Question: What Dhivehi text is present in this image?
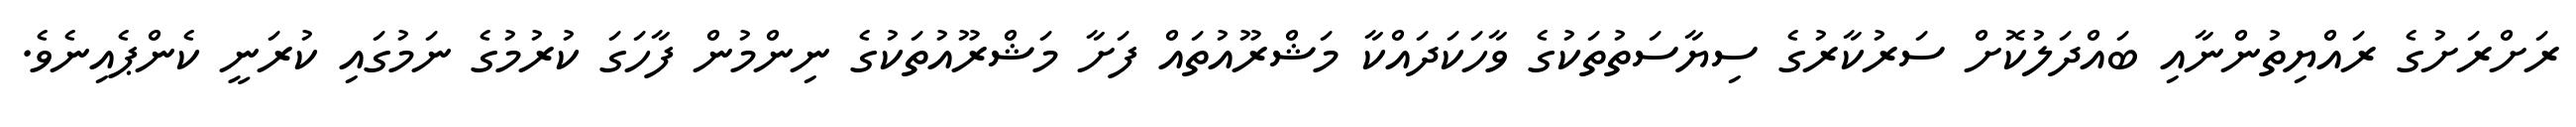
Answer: ރަށްރަށުގެ ރައްޔިތުންނާއި ބައްދަލުކޮށް ސަރުކާރުގެ ސިޔާސަތުތަކުގެ ވާހަކަދައްކާ މަޝްރޫއުތައް ފަށާ މަޝްރޫއުތަކުގެ ނިންމުން ފާހަގަ ކުރުމުގެ ނަމުގައި ކުރަނީ ކެންޕެއިނެވެ.